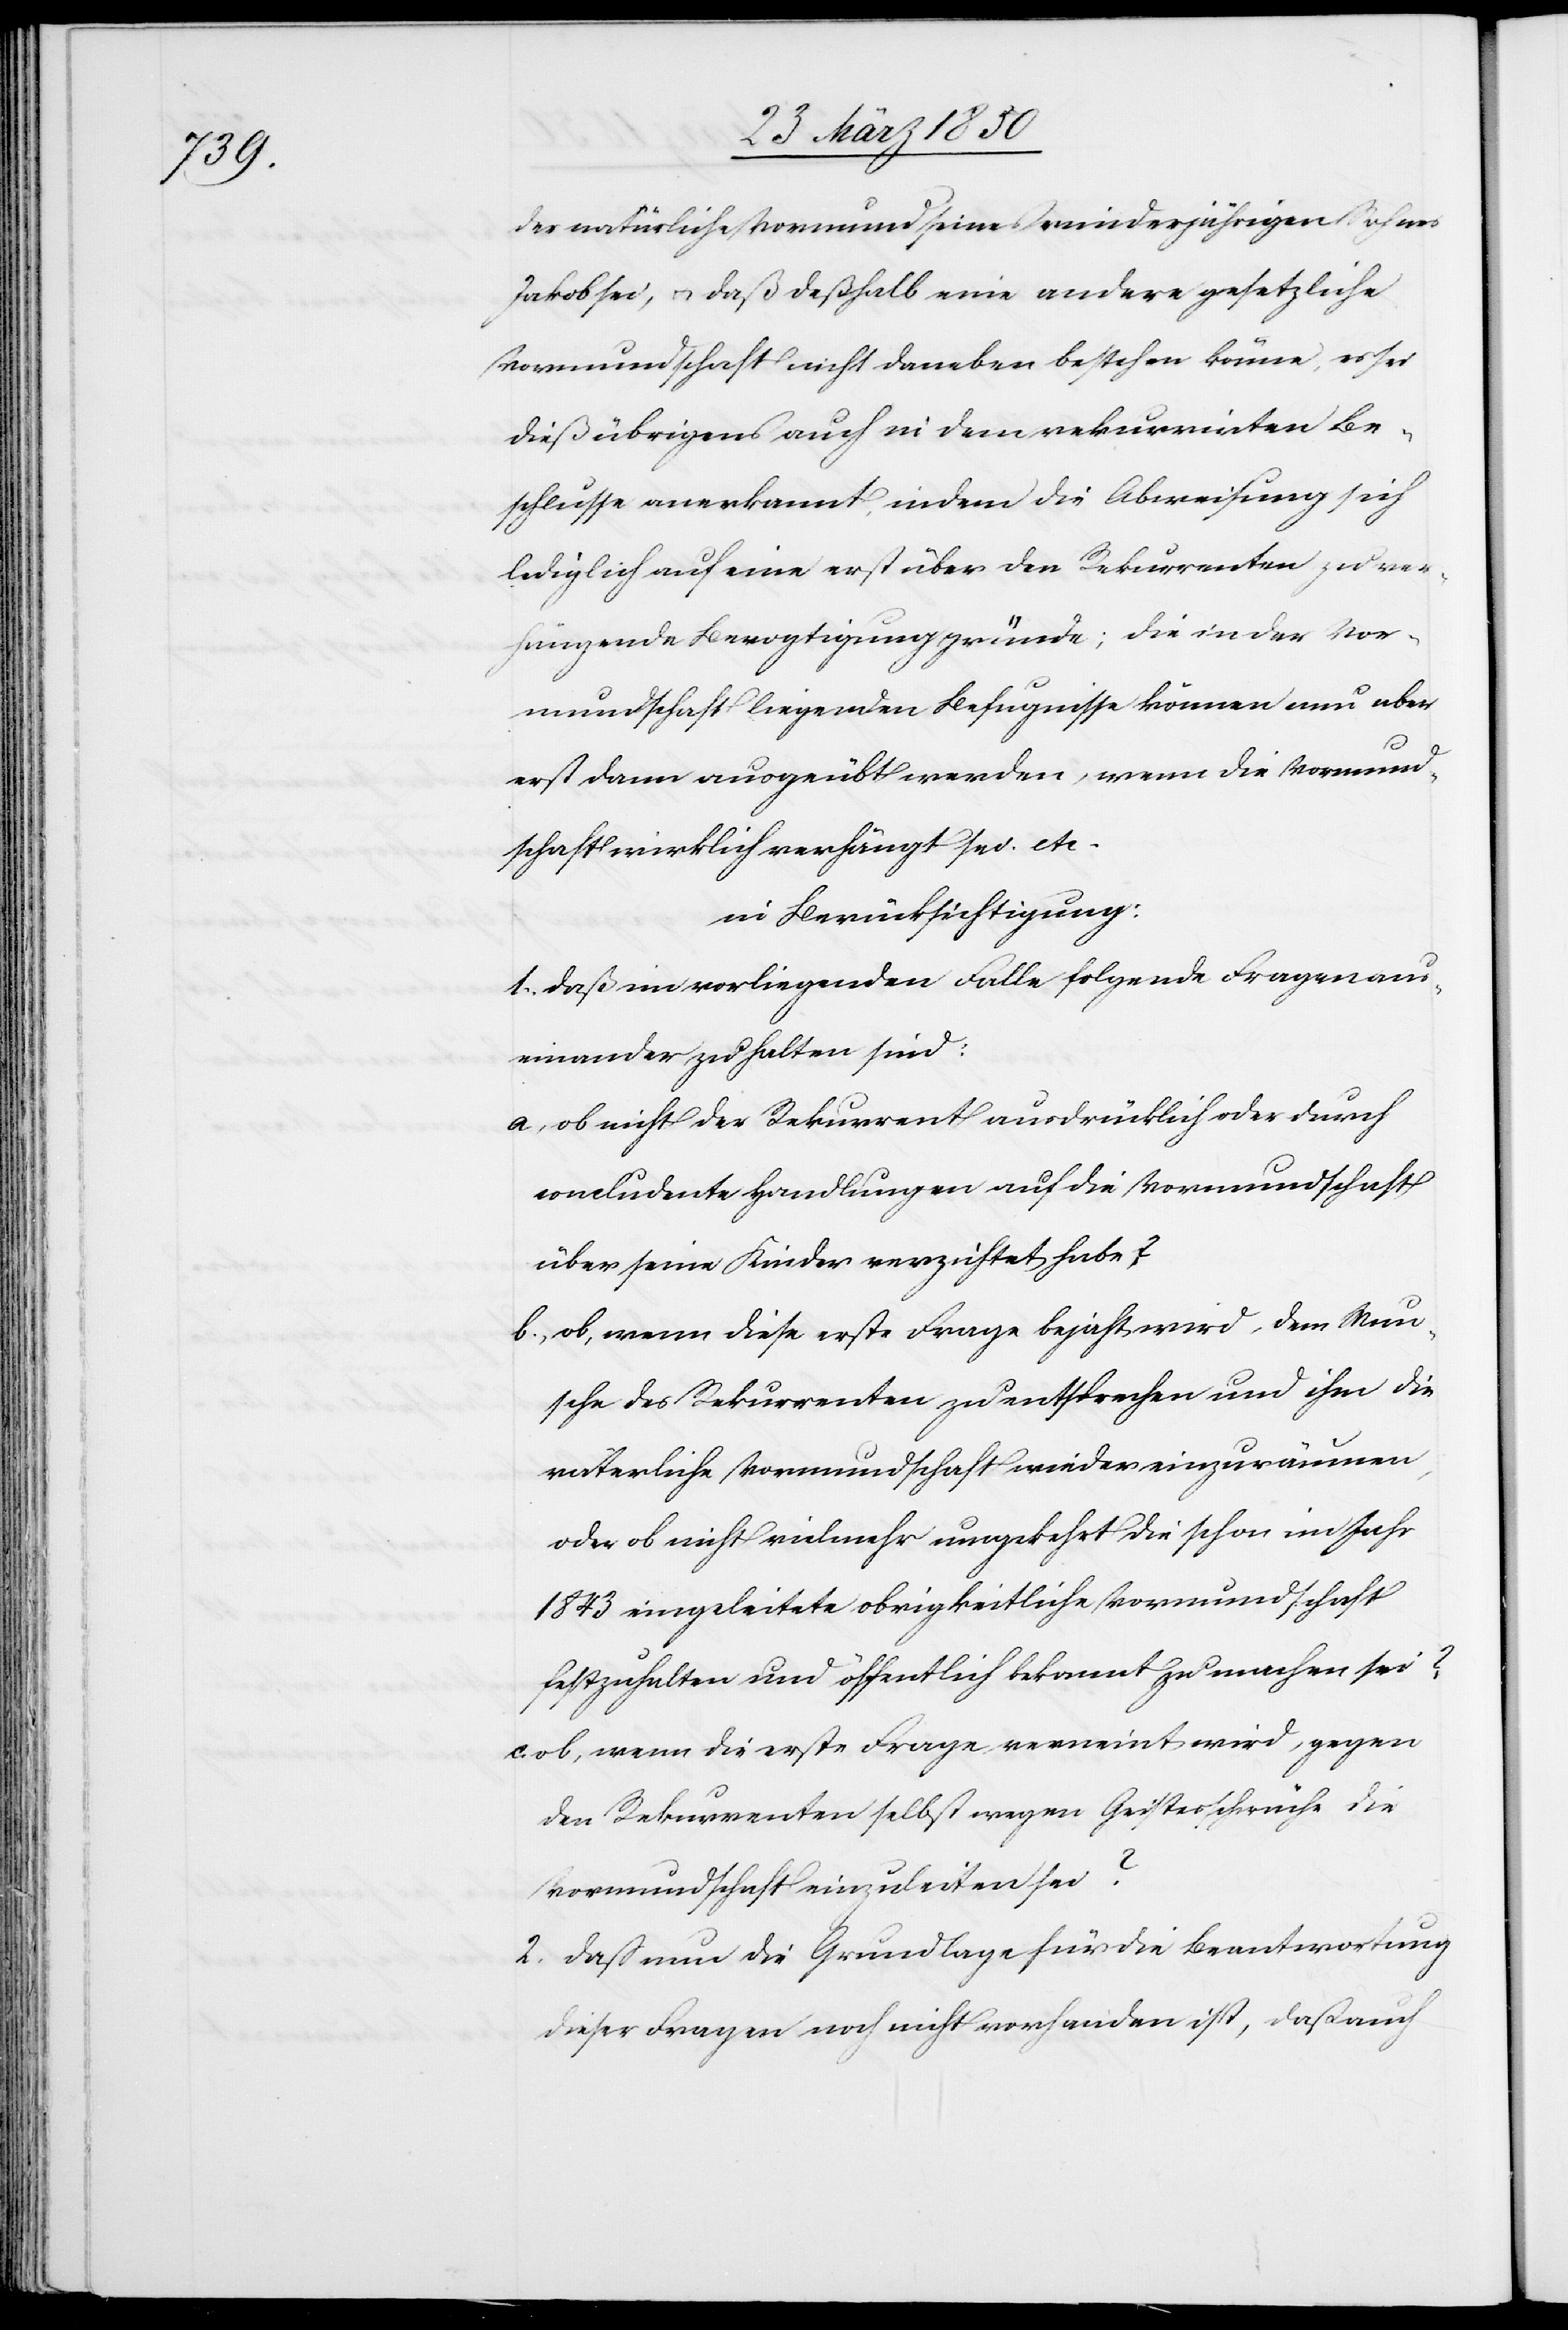
der natürliche Vormund seines minderjährigen Sohnes
Jakob sei, u. daß deßhalb eine andere gesetzliche
Vormundschaft nicht daneben bestehen könne, es sei
dieß übrigens auch in dem rekurrirten Be¬
schlusse anerkannt, indem die Abweisung sich
lediglich auf eine erst über den Rekurrenten zu ver¬
hängende Bevogtigung gründe; die in der Vor¬
mundschaft liegenden Befugnisse können nun aber
erst dann ausgeübt werden, wenn die Vormund¬
schaft wirklich verhängt sei. etc.
in Berücksichtigung:
1. daß im vorliegenden Falle folgende Fragen aus¬
einander zu halten sind:
a, ob nicht der Rekurrent ausdrücklich oder durch
concludente Handlungen auf die Vormundschaft
über seine Kinder verzichtet habe?
b., ob, wenn diese erste Frage bejaht wird, dem Wun¬
sche des Rekurrenten zu entsprechen und ihm die
väterliche Vormundschaft wieder einzuräumen,
oder ob nicht vielmehr umgekehrt die schon im Jahr
1843 eingeleitete obrigkeitliche Vormundschaft
festzuhalten und öffentlich bekannt zu machen sei?
c. ob, wenn die erste Frage verneint wird, gegen
den Rekurrenten selbst wegen Geistesschwäche die
Vormundschaft einzuleiten sei?
2. daß nun die Grundlage für die Beantwortung
dieser Fragen noch nicht vorhanden ist, daß auch